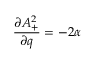
\frac { \partial A _ { + } ^ { 2 } } { \partial q } = - 2 \alpha